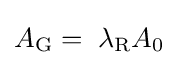
A_{\mathrm {G} }=\;\lambda _{\mathrm {R} }A_{0}